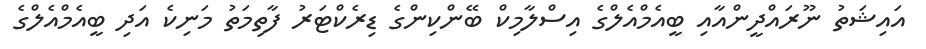
އައިޝަތު ނޫރައްދީންއާއި ބީއެމްއެލްގެ އިސްލާމިކް ބޭންކިންގެ ޑިރެކްޓަރު ފާތިމަތު މަނިކެ އަދި ބީއެމްއެލްގެ